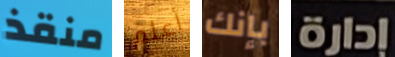
منقذ أعلم بإنك إدارة